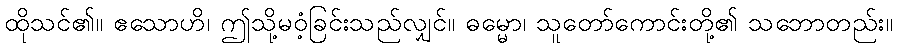
ထိုသင်၏။ ဧသောဟိ၊ ဤသို့မဝံ့ခြင်းသည်လျှင်။ ဓမ္မော၊ သူတော်ကောင်းတို့၏ သဘောတည်း။